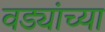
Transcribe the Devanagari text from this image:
वड्यांच्या